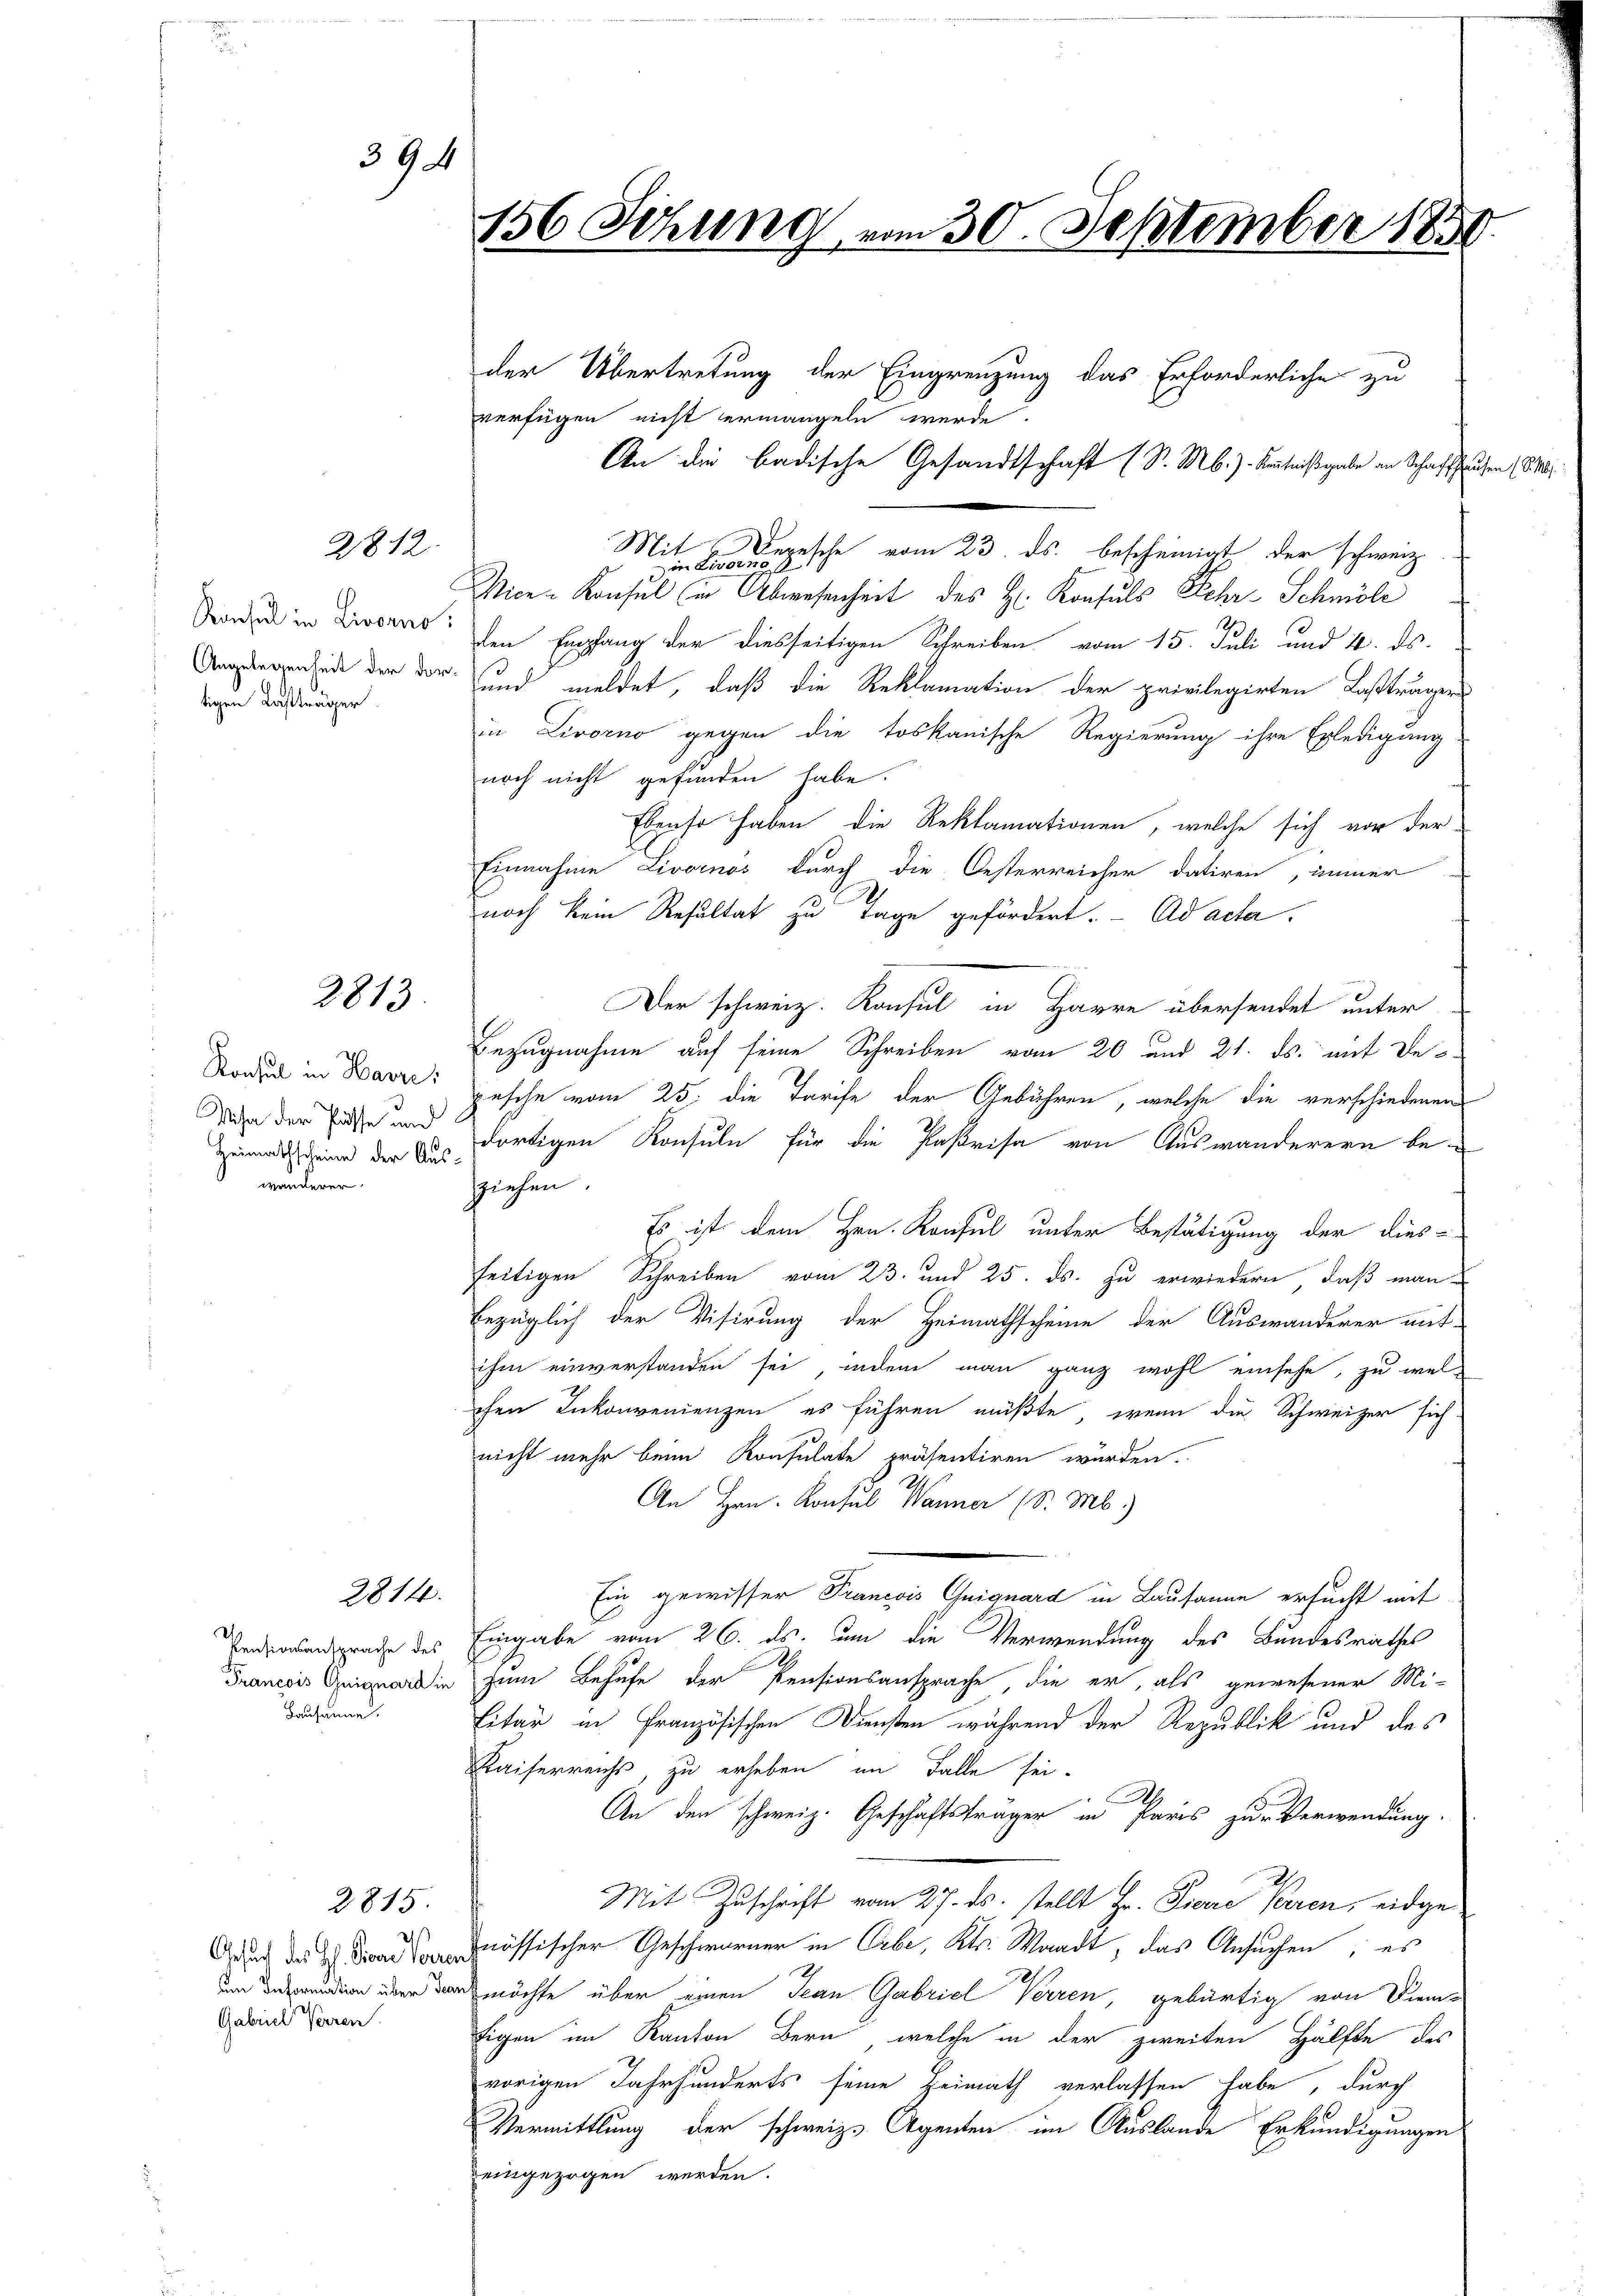
2812

Konsul in Livorno.
Angelegenheit der dortigen Lastträger

2813

Konsul in Havre,
Miha der Pässe und
Heimathscheine der Auswanderer

2814.

2815

394

Pensionsansprache des
Francois Guiguard in
Bausanne.

Gesuch des Hl. Stone Vorrer
em Information über Jea
Gabriel Verren.

156 Sitzung vom 30. September 1859

verfügen nicht ermangeln werde.
Mit Depesche vom 23. ds. bescheinigt, der schweiz.
Mice-Konsul in der Abwesenheit des Hr. Konsuls Sehr - Schmöle
den Empfang der diesseitigen Schreiben vom 15. Juli und 4. ds.
und meldet, daß die Reklamation der privilegirten Lasträgers
in Livorno gegen die toskanische Regierung ihre Erledigung
noch nicht gefunden habe.
Ebenso haben die Reklamationen, welche sich vor der
Einnahme Livornos durch die Oesterreicher datiren, immer
noch kein Resultat zu Tage gefördert.- Ad acter.
Der schweiz. Konsul in Harre übersendet unter
Bezugnahme auf seine Schreiben vom 20 und 21. ds. mit de
pesche vom 25. die Tarife der Gebühren, welche die verschiedenen
dortigen Konsuln für die Paßrisa von Auswanderern be-
ziehen.
Es ist dem Hrn. Konsul unter Bestätigung der dies-
seitigen Schreiben vom 23. und 25. ds. zu erwiedern, daß man
bezüglich der Visirung der Heimathscheine der Auswanderer mit-
ihm einverstanden sei, indem man ganz wohl einsehe, zu welchen Inkonvenienzen es führen müßte, wenn die Schweizer sich
nicht mehr beim Konsulate präsentiren würden.
An Hrn. Konsul Wanner (S. Mb.)
Ein gewisser Francois Guiguard in Lausanne ersucht mit
Eingabe vom 26. ds. um die Verwendung des Bundesrathes
A
zum Behufe der Pensionsansprache die er, als gewesener Mi-
Eitar in Französischen Diensten während der Republik und des
Kaiserreichs, zu erheben im Falle sei.
An den schweiz. Geschäftsträger in Paris zur Verwendung.
Mit Zuschrift vom 27. ds. stellt Hr. Pierre Beren, eidgenössischer Geschworner in Erbe, Kts. Waadt, das Ansuchen; es
möchte über einen Jean Gabriel Verren, gebürtig von Dien-
Eigen im Kanton Bern, welche in der zweiten Hälfte des
vorigen Jahrhunderts seine Heimath verlassen habe, durch
Vermittlung der schweiz. Agenten im Auslande Erkundigungen
eingezogen werden.

der Übertretung der Eingrenzung das Erforderliche zu
An die badische Gesandtschaft (S. M.) Kenntnißgabe an Schaffh

en 18. M